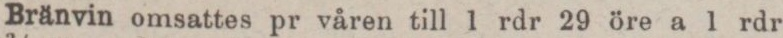
Bränvin omsattes pr våren till 1 rdr 29 öre a 1 rdr